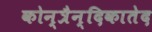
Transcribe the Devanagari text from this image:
कोन्त्रैन्दिकातेद